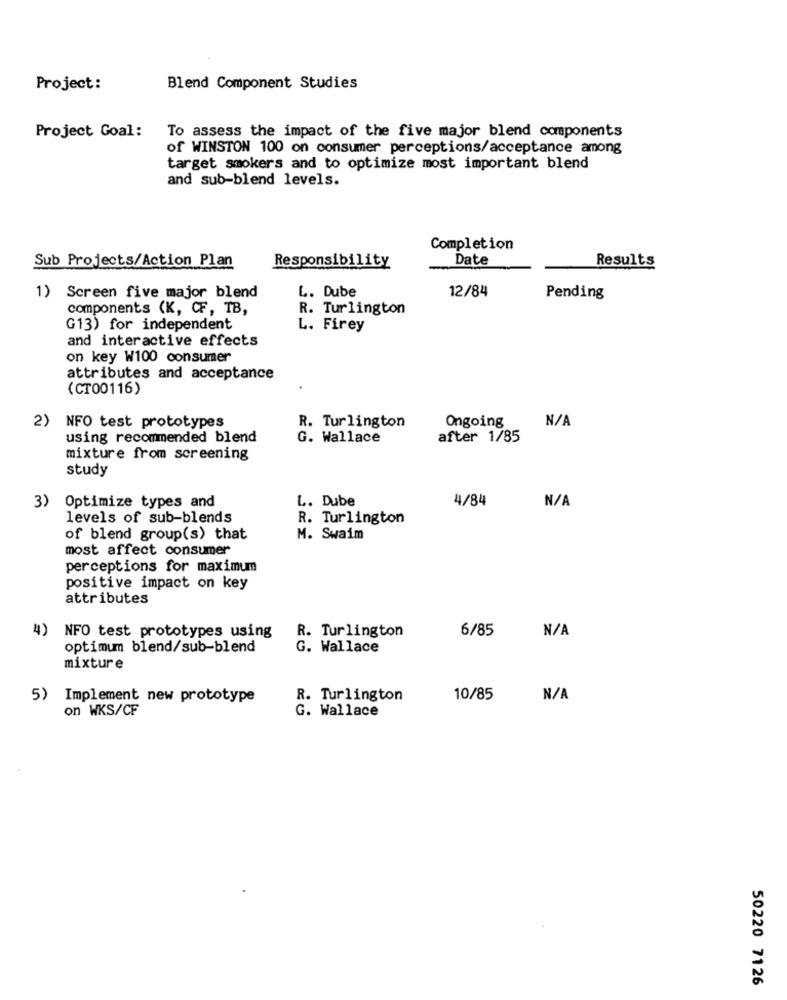
Project:
Blend Component Studies
Project Goal:
To assess the impact of the five major blend components
of WINSTON 100 on consumer perceptions/acceptance among
target smokers and to optimize most important blend
and sub-blend levels.
Completion
Date
Sub Projects/Action Plan
Responsibility
Results
1)
L. Dube
12/84
Screen five major blend
Pending
components (K, CF, TB,
R. Turlington
G13) for independent
L. Firey
and interactive effects
on key W100 consumer
attributes and acceptance
(CT00116)
2)
Ongoing
NFO test prototypes
R. Turlington
using recommended blend
G. Wallace
after 1/85
mixture from screening
study
3)
L. Dube
4/84
Optimize types and
levels of sub-blends
R. Turlington
of blend group(s) that
M. Swaim
most affect consumer
perceptions for maximum
positive impact on key
attributes
4)
R. Turlington
6/85
NFO test prototypes using
optimum blend/sub-blend
G. Wallace
mixture
5) Implement new prototype
R. Turlington
10/85
on WKS/CF
G. Wallace
50220 7126